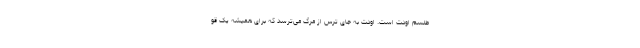
طلسم اودت است. اودت به جای ترس از مرگ می‌ترسد که برای همیشه یک قو